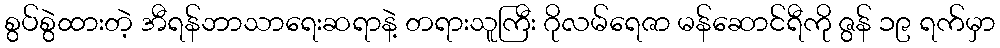
စွပ်စွဲထားတဲ့ အီရန်ဘာသာရေးဆရာနဲ့ တရားသူကြီး ဂိုလမ်ရေဇာ မန်ဆောင်ရီကို ဇွန် ၁၉ ရက်မှာ